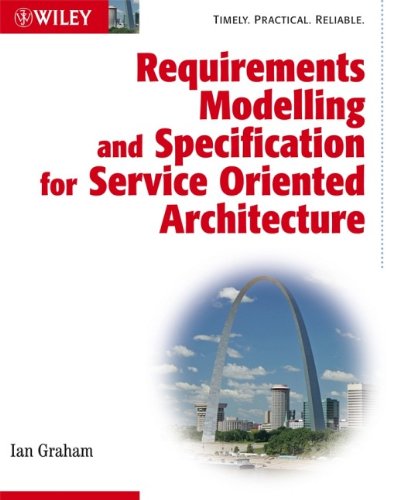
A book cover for Requirements Modelling and Specification for Service Oriented Architecture; Ian Graham; Computers & Technology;